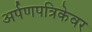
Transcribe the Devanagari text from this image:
अर्पणपत्रिकेवर